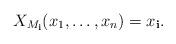
LaTeX: \begin{align*}X_{M_\mathbf i}(x_1, \dots, x_n) = x_\mathbf i.\end{align*}